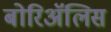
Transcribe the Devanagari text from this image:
बोरिॲलिस